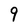
Character: 9